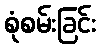
စုံစမ်းခြင်း